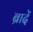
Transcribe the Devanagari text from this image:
ब्रादें